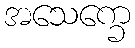
အသေက္ခေ